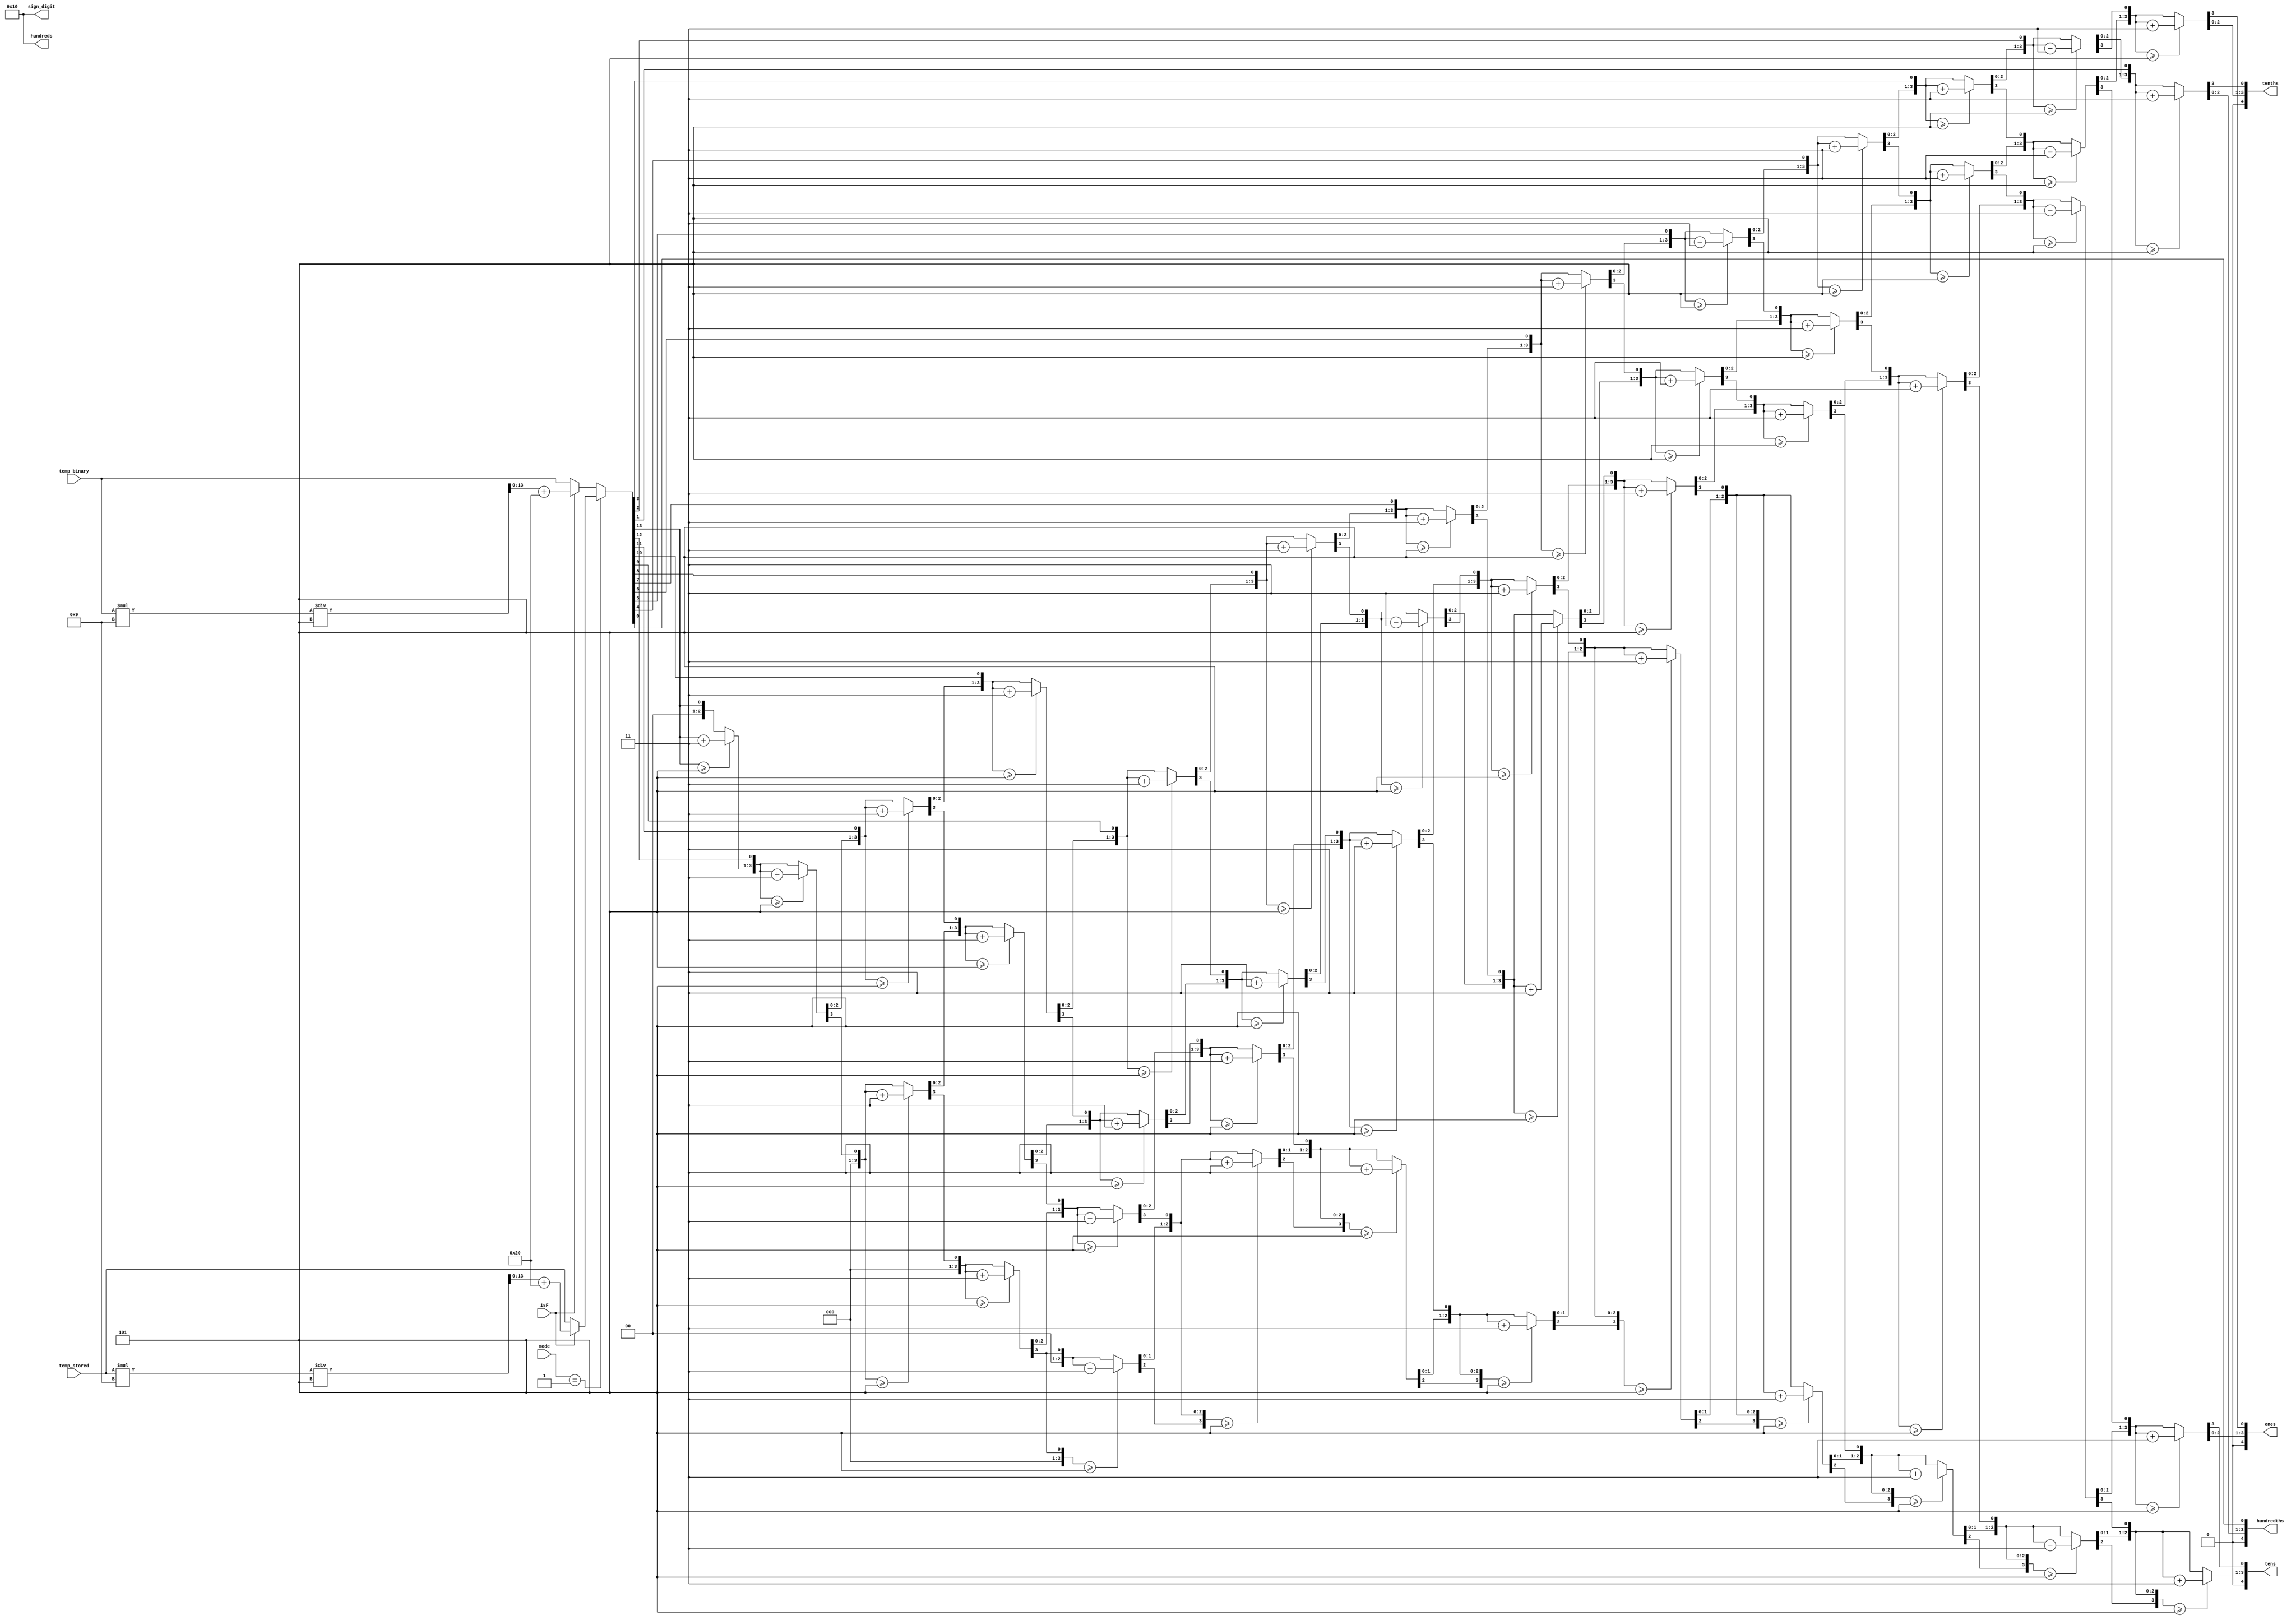
//uses double dabble algo to conver the 8-bit binary (from temp sensor) to BCD

module tempdecoder (
    input [13:0] temp_binary,  // from temp sensor
    input [13:0] temp_stored,  // from ram
    input [1:0] mode,         // displays current temp OR displays stored value (tied to switch 0 on board)
    input isF,              
    output [4:0] sign_digit, 
    output [4:0] hundreds,
    output [4:0] tens,
    output [4:0] ones,
    output [4:0] tenths,
    output [4:0] hundredths
);

  reg [13:0] binary_temp; //8 bits number that will be convert to 5bit BCD
  reg [15:0] bcd; //double dabble BCD (4 digts)
  integer i; //for dd
   
  reg [5:0] sign_reg, hundreds_reg, tens_reg, ones_reg, tenths_reg, hundredths_reg;
  
  reg [15:0] farenheit_temp;        // is 16 bits since we first have to multiply by 9 to handle the fraction. ( ie dont want overflow)

  // decides to either display current temp or stored temp based on mode 
  always @(temp_binary, mode, isF, temp_stored) begin
  case (mode)
     2'b00: begin // current temp mode
        if (isF) begin                                  // formula for converting C to F using a temporary variable for calculation
            farenheit_temp = temp_binary * 8'd9;        // we use farenheit_temp with more bits so we don't lose any MSBs    ex (25.5C): 255 * 9 = 2295
            farenheit_temp = farenheit_temp / 8'd5;     // divide by 8                                                                  2295 / 5 = 459
            binary_temp = farenheit_temp + 16'd32;     // add 320 since the value is stored with 1 decimal precison                   459 + 320 = 779 (77.9F)
        end else begin
            binary_temp = temp_binary;
        end
     end 
     2'b01: begin //read from memory mode
        if (isF) begin
            farenheit_temp = temp_stored * 8'd9;
            farenheit_temp = farenheit_temp / 8'd5;
            binary_temp = farenheit_temp + 16'd32;
        end else begin
            binary_temp = temp_stored;
        end
     end
     //2'b10: begin //timestamp
     //   //binary_temp = temp_binary ; //have to assign to seconds counter timestamp, right now it does nothing
     //   if (isF) begin
     //       binary_temp <= ((temp_binary * 8'd9)/8'd5) + 8'd32;
     //   end else begin
     //       binary_temp = temp_binary;
     //   end
     //end
     default: begin // default case also displays the current temp for safety
        if (isF) begin
            farenheit_temp = temp_binary * 8'd9;
            farenheit_temp = farenheit_temp / 8'd5;
            binary_temp = farenheit_temp + 16'd32;
        end else begin
            binary_temp = temp_binary;
        end
     end
     endcase
     sign_reg = 5'h10; // automatically positive for now, so we display nothing
  
    end // end of always block
     
     
    // Double dabble algorithm converts 14 bit binary to 4 BCD digits
    // From: https://www.realdigital.org/doc/6dae6583570fd816d1d675b93578203d
    always @(binary_temp)
            begin
                bcd = 0; //initialize bcd to zero
                for (i=0;i<14;i=i+1) begin					//Iterate once for each bit in input number
                    if (bcd[3:0] >= 5) bcd[3:0] = bcd[3:0] + 3;		//If any BCD digit is >= 5, add three
                    if (bcd[7:4] >= 5) bcd[7:4] = bcd[7:4] + 3;
                    if (bcd[11:8] >= 5) bcd[11:8] = bcd[11:8] + 3;
                    if (bcd[15:12] >= 5) bcd[15:12] = bcd[15:12] + 3;
                    bcd = {bcd[14:0],binary_temp[13-i]};				//Shift one bit, and shift in proper bit from input 
                end
            end     

    
    assign sign_digit =  sign_reg; // currently doesnt support negative so we just disp nothing
    
    assign hundreds = 5'h10; // display nothing
    assign tens = {1'b0, bcd[15:12]}; // Append a leading zero for the 5-bit output, then adds the BCD result from double dabble
    assign ones = {1'b0, bcd[11:8]};
    assign tenths = {1'b0, bcd[7:4]};
    assign hundredths = {1'b0, bcd[3:0]};

  
endmodule